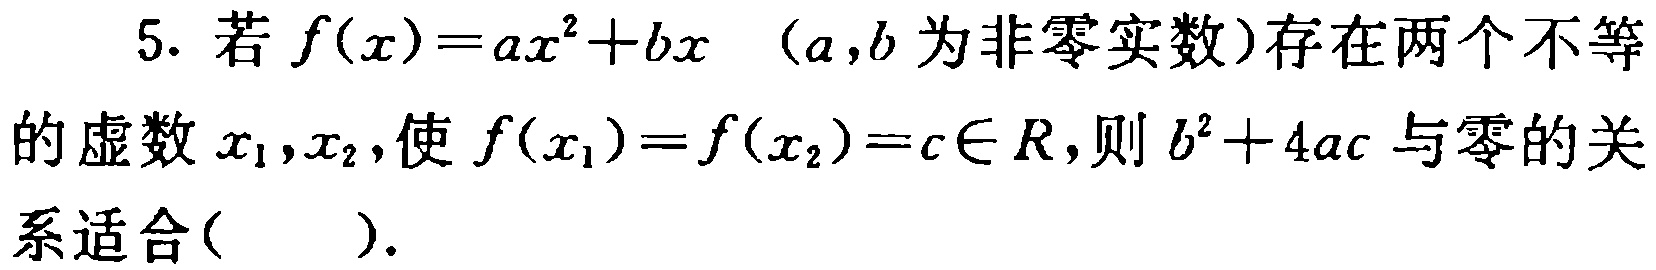
5. 若$f(x)=ax^{2}+bx$（$a,b$为非零实数）存在两个不等的虚数$x_{1},x_{2}$,使$f(x_{1})=f(x_{2})=c\in R$,则$b^{2}+4ac$与零的关系适合(  ).